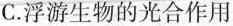
C. 浮游生物的光合作用